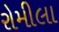
રોમીલા